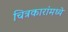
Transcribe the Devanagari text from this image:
चित्रकारांमध्ये